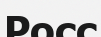
Росс